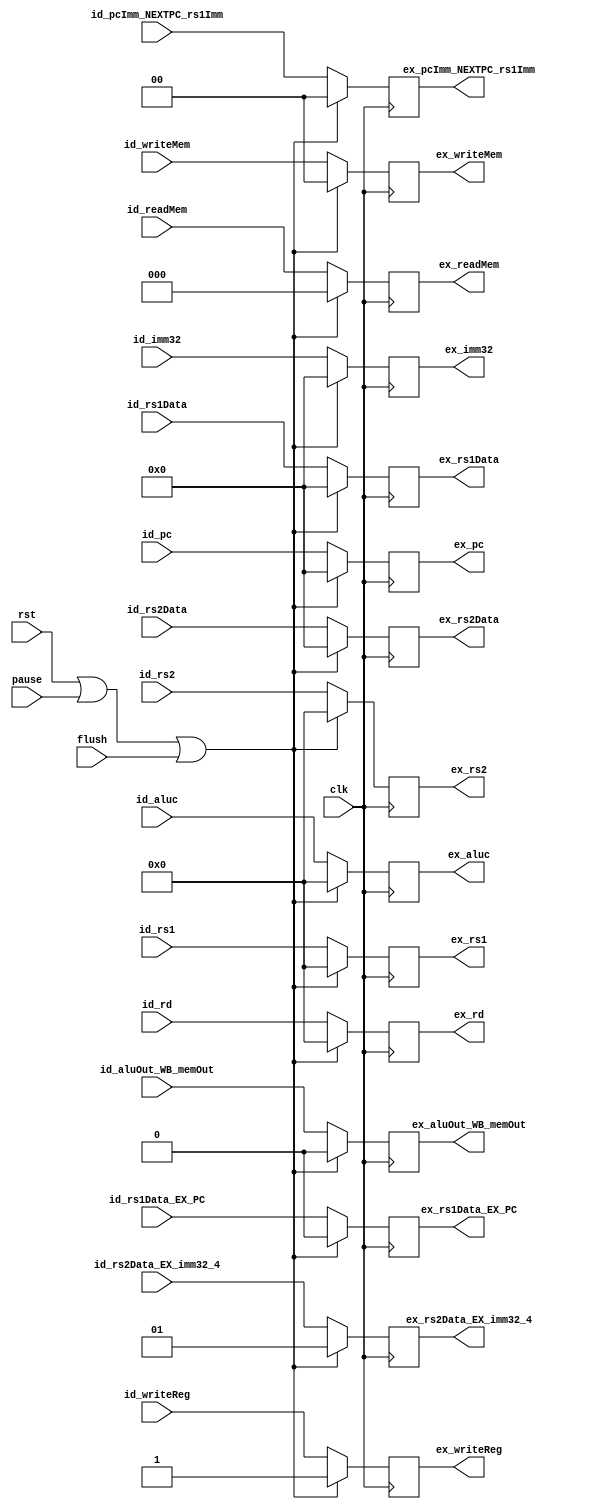
module id_ex(
    input clk, rst, pause, flush,

    input [4: 0] id_aluc,
    input id_aluOut_WB_memOut,
    input id_rs1Data_EX_PC,
    input [1: 0] id_rs2Data_EX_imm32_4,
    input id_writeReg,
    input [1: 0] id_writeMem,
    input [2: 0] id_readMem,
    input [1: 0] id_pcImm_NEXTPC_rs1Imm,
    input [31: 0] id_pc,
    input [31: 0] id_rs1Data, id_rs2Data,
    input [31: 0] id_imm32,
    input [4: 0] id_rd,
    input [4: 0] id_rs1,
    input [4: 0] id_rs2,

    output reg [4: 0] ex_aluc,
    output reg ex_aluOut_WB_memOut,
    output reg ex_rs1Data_EX_PC,
    output reg [1: 0] ex_rs2Data_EX_imm32_4,
    output reg ex_writeReg,
    output reg [1: 0] ex_writeMem,
    output reg [2: 0] ex_readMem,
    output reg [1: 0] ex_pcImm_NEXTPC_rs1Imm,
    output reg [31: 0] ex_pc,
    output reg [31: 0] ex_rs1Data, ex_rs2Data,
    output reg [31: 0] ex_imm32,
    output reg [4: 0] ex_rd,
    output reg [4: 0] ex_rs1,
    output reg [4: 0] ex_rs2
);

always @(posedge clk) begin
    if(rst || pause || flush)begin
        ex_aluc = 5'b00000;
        ex_aluOut_WB_memOut = 1'b0;
        ex_rs1Data_EX_PC = 1'b0;
        ex_rs2Data_EX_imm32_4 = 2'b01;
        ex_writeReg = 1'b1;
        ex_writeMem = 2'b00;
        ex_readMem = 3'b000;
        ex_pcImm_NEXTPC_rs1Imm = 2'b00;
        ex_pc = 32'h0;
        ex_rs1Data = 32'd0;
        ex_rs2Data = 32'd0;
        ex_imm32 = 32'd0;
        ex_rd = 5'd0;
        ex_rs1 = 5'd0;
        ex_rs2 = 5'd0;
    end else begin
        ex_aluc <= id_aluc;
        ex_aluOut_WB_memOut <= id_aluOut_WB_memOut;
        ex_rs1Data_EX_PC <= id_rs1Data_EX_PC;
        ex_rs2Data_EX_imm32_4 <= id_rs2Data_EX_imm32_4;
        ex_writeReg <= id_writeReg;
        ex_writeMem <= id_writeMem;
        ex_readMem <= id_readMem;
        ex_pcImm_NEXTPC_rs1Imm <= id_pcImm_NEXTPC_rs1Imm;
        ex_pc <= id_pc;
        ex_rs1Data <= id_rs1Data;
        ex_rs2Data <= id_rs2Data;
        ex_imm32 <= id_imm32;
        ex_rd <= id_rd;
        ex_rs1 <= id_rs1;
        ex_rs2 <= id_rs2;
    end
    
end
endmodule